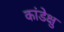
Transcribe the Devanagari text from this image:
कांडेक्षु